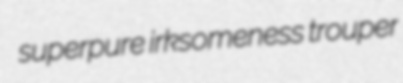
superpure irksomeness trouper